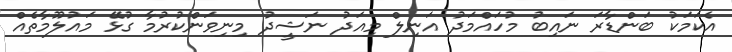
އެކަމަކު ބަންޑާރަ ނައިބު މުހައްމަދު އަނިލް މިއަދު ނަޝީދު މިނިވަންކުރުމާ ގުޅޭ މައުލޫމާތެއް